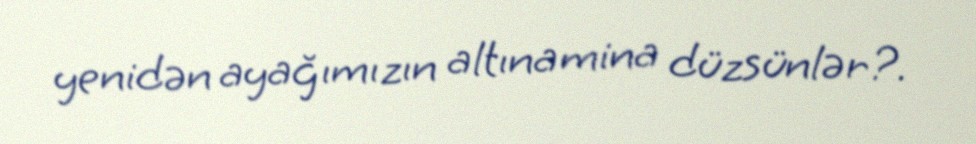
yenidən ayağımızın altına mina düzsünlər?.